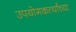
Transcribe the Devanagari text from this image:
उपयोगकर्त्यांच्या